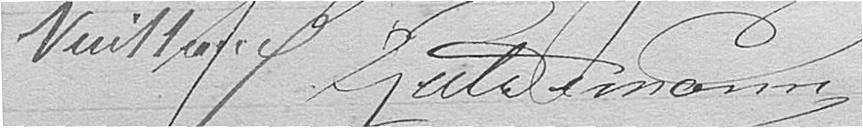
Vuillaume Gulemann